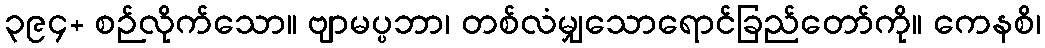
၃၉၄+ စဉ်လိုက်သော။ ဗျာမပ္ပဘာ၊ တစ်လံမျှသောရောင်ခြည်တော်ကို။ ကေနစိ၊